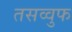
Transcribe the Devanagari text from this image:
तसव्‍वुफ